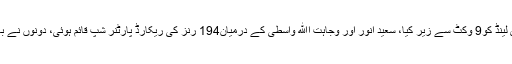
سیمی فائنل میں گرین شرٹس نے نیوزی لینڈ کو9 وکٹ سے زیر کیا، سعید انور اور وجاہت اﷲ واسطی کے درمیان194 رنز کی ریکارڈ پارٹنر شپ قائم ہوئی، دونوں نے بالترتیب 113 اور 84 رنز اسکور کیے۔